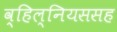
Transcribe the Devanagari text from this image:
व्हिल्नियससह